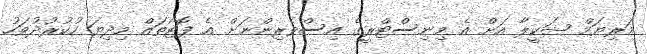
މަރިޔަމް ޝަކީލާ އަށް އެ މިނިސްޓްރީގެ އިސްވެރިންނަށް އެ ފޮޓޯތައް މިދިޔަ ހުކުރުދުވަހު